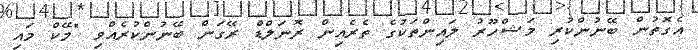
އެގޮތުން ބޭނުންކުރި މަޝްހޫރު ލައިންތަކުގެ ތެރެއިން ރޮނަލްޑް ރޭގަން ބޭނުންކުރެއްވި "މޭކް މައި